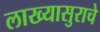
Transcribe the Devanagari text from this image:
लाख्यासुराचे